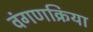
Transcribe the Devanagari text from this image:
वंगणक्रिया